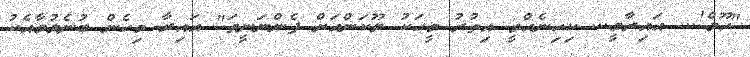
"ހޫމް!... އައިރާމީ... ކިހިނެއްވީ އިތުރު މީހަކު ލޫކަންއަށް ފެންނަނީތަ" އައިރާ މިހެން ބުނެލުމާއެކު